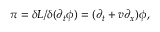
\pi = \delta L / \delta ( \partial _ { t } \phi ) = ( \partial _ { t } + v \partial _ { x } ) \phi ,